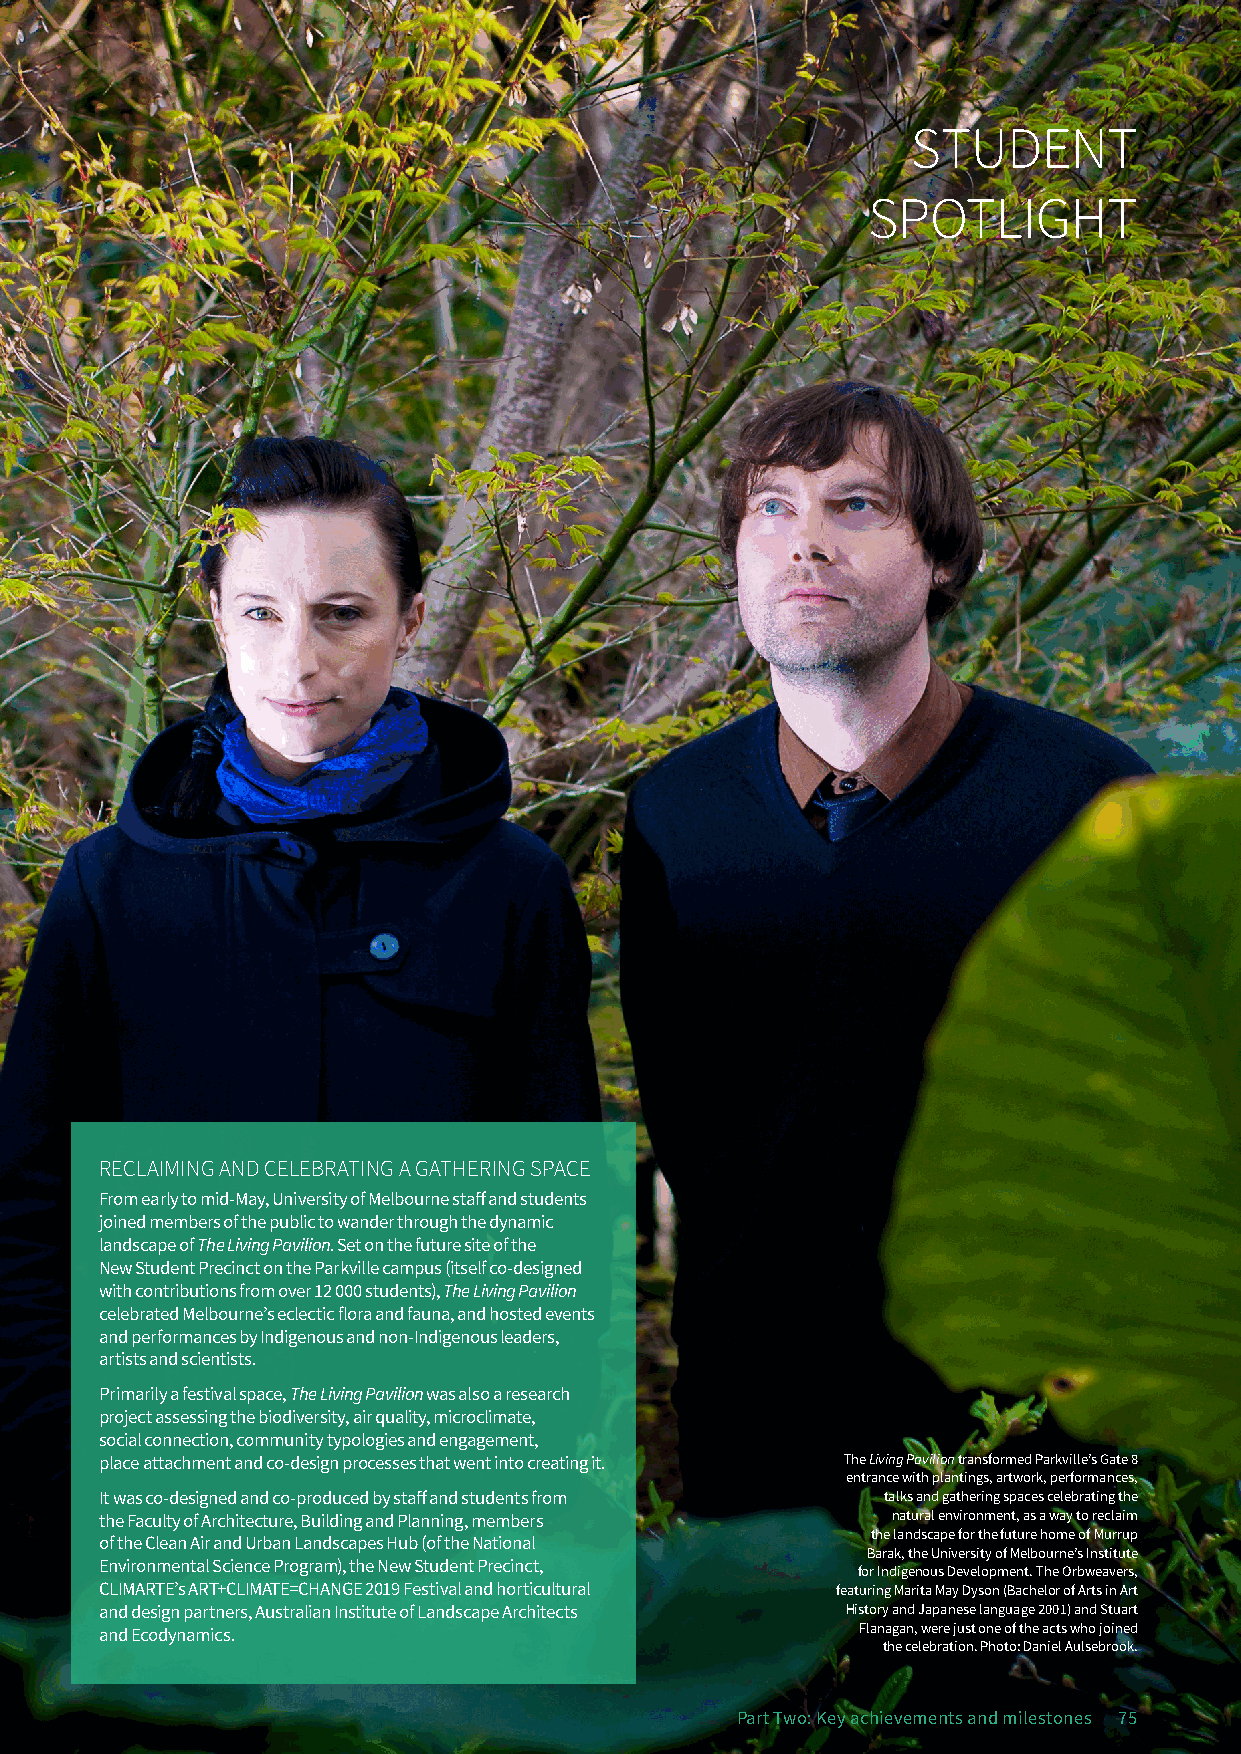
STUDENT
 SPOTLIGHT
 RECLAIMING AND CELEBRATING A GATHERING SPACE
 From early to mid-May, University of Melbourne staff and students
 joined members of the public to wander through the dynamic
 landscape of The Living Pavilion. Set on the future site of the
 New Student Precinct on the Parkville campus (itself co-designed
 with contributions from over 12 000 students), The Living Pavilion
 celebrated Melbourne’s eclectic flora and fauna, and hosted events
 and performances by Indigenous and non-Indigenous leaders,
 artists and scientists.
 Primarily a festival space, The Living Pavilion was also a research
 project assessing the biodiversity, air quality, microclimate,
 social connection, community typologies and engagement,
 place attachment and co-design processes that went into creating it. The Living Pavilion transformed Parkville’s Gate 8
 entrance with plantings, artwork, performances,
 It was co-designed and co-produced by staff and students from talks and gathering spaces celebrating the
 the Faculty of Architecture, Building and Planning, members natural environment, as a way to reclaim
 the landscape for the future home of Murrup
 of the Clean Air and Urban Landscapes Hub (of the National
 Barak, the University of Melbourne’s Institute
 Environmental Science Program), the New Student Precinct,
 for Indigenous Development. The Orbweavers,
 CLIMARTE’s ART+CLIMATE=CHANGE 2019 Festival and horticultural featuring Marita May Dyson (Bachelor of Arts in Art
 and design partners, Australian Institute of Landscape Architects History and Japanese language 2001) and Stuart
 and Ecodynamics.                                  Flanagan, were just one of the acts who joined
 the celebration. Photo: Daniel Aulsebrook.
 Part Two: Key achievements and milestones 75